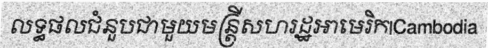
លទ្ធផលជំនួបជាមួយមន្ត្រីសហរដ្ឋអាមេរិក|Cambodia